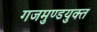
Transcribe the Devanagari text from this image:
गजमुण्डयुक्त